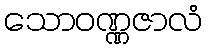
သောဝဏ္ဏဇာလံ